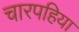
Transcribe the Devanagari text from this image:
चारपहिया